Civil Veterinary Department. United Provinces 1912-22 - 1912-1922
Year: 1912
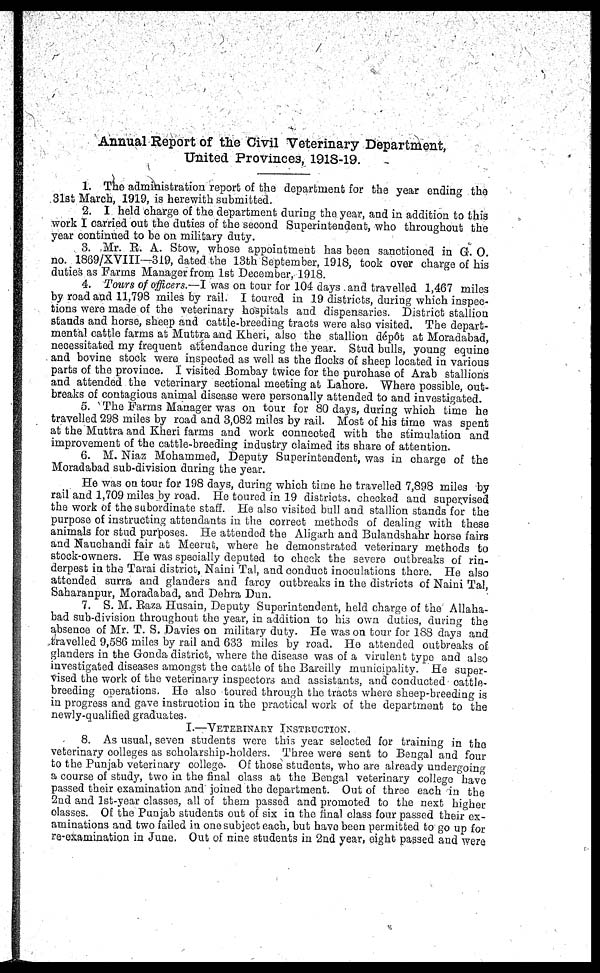
Annual Report of the Civil Veterinary Department,
United Provinces, 1918-19.
1. The administration report of the department for the year ending the
31st March, 1919, is herewith submitted.
2. I held charge of the department during the year, and in addition to this
work I carried out the duties of the second Superintendent, who throughout the
year continued to be on military duty.
3. Mr. R. A. Stow, whose appointment has been sanctioned in G. O.
no. 1869/XVIII—319, dated the 13th September, 1918, took over charge of his
duties as Farms Manager from 1st December, 1918.
4. Tours of officers.—I was on tour for 104 days and travelled 1,467 miles
by road and 11,798 miles by rail. I toured in 19 districts, during which inspec-
tions were made of the veterinary hospitals and dispensaries. District stallion
stands and horse, sheep and cattle-breeding tracts were also visited. The depart-
mental cattle farms at Muttra and Kheri, also the stallion dépôt at Moradabad,
necessitated my frequent attendance during the year. Stud bulls, young equine
and bovine stock were inspected as well as the flocks of sheep located in various
parts of the province. I visited Bombay twice for the purchase of Arab stallions
and attended the veterinary sectional meeting at Lahore. Where possible, out-
breaks of contagious animal disease were personally attended to and investigated.
5. The Farms Manager was on tour for 80 days, during which time he
travelled 298 miles by road and 3,082 miles by rail. Most of his time was spent
at the Muttra and Kheri farms and work connected with the stimulation and
improvement of the cattle-breeding industry claimed its share of attention.
6. M. Niaz Mohammed, Deputy Superintendent, was in charge of the
Moradabad sub-division during the year.
He was on tour for 198 days, during which time ho travelled 7,898 miles by
rail and 1,709 miles by road. He toured in 19 districts, checked and supervised
the work of the subordinate staff. He also visited bull and stallion stands for the
purpose of instructing attendants in the correct methods of dealing with these
animals for stud purposes. He attended the Aligarh and Bulandshahr horse fairs
and Nauchandi fair at Meerut, where he demonstrated veterinary methods to
stock-owners. He was specially deputed to check the severe outbreaks of rin-
derpest in the Tarai district, Naini Tal, and conduct inoculations there. He also
attended surra and glanders and farcy outbreaks in the districts of Naini Tal,
Saharanpur, Moradabad, and Dehra Dun.
7. S. M. Raza Husain, Deputy Superintendent, held charge of the Allaha-
bad sub-division throughout the year, in addition to his own duties, during the
absence of Mr. T. S. Davies on military duty. He was on tour for 188 days and
travelled 9,586 miles by rail and 633 miles by road. Ho attended outbreaks of
glanders in the Gonda district, where the disease was of a virulent typo and also
investigated diseases amongst the cattle of the Bareilly municipality. He super-
vised the work of the veterinary inspectors and assistants, and conducted cattle-
breeding operations. He also toured through the tracts where sheep-breeding is
in progress and gave instruction in the practical work of the department to the
newly-qualified graduates.
I.—Veterinary Instruction.
8. As usual, seven students were this year selected for training in the
veterinary colleges as scholarship-holders. Three were sent to Bengal and four
to the Punjab veterinary college Of those students, who are already undergoing
a course of study, two in the final class at the Bengal veterinary college have
passed their examination and joined the department. Out of three each in the
2nd and 1st-year classes, all of them passed and promoted to the next higher
classes. Of the Punjab students out of six in the final class four passed their ex-
aminations and two failed in one subject each, but have been permitted to go up for
re-examination in June. Out of nine students in 2nd year, eight passed and were